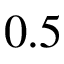
0 . 5